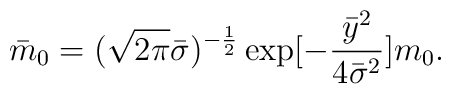
{\bar m}_0=(\sqrt{2\pi}{\bar\sigma})^{-\frac{1}{2}}\exp[-\frac{{\bar y}^2}{4{\bar\sigma}^2}]m_0.